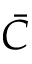
\bar { C }